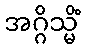
အဂ္ဂိသ္မိံ